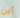
أين